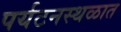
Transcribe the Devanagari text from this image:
पर्यटनस्थळात